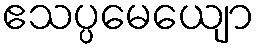
ဧသပ္ပမေယျော